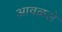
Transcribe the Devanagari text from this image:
आवळले